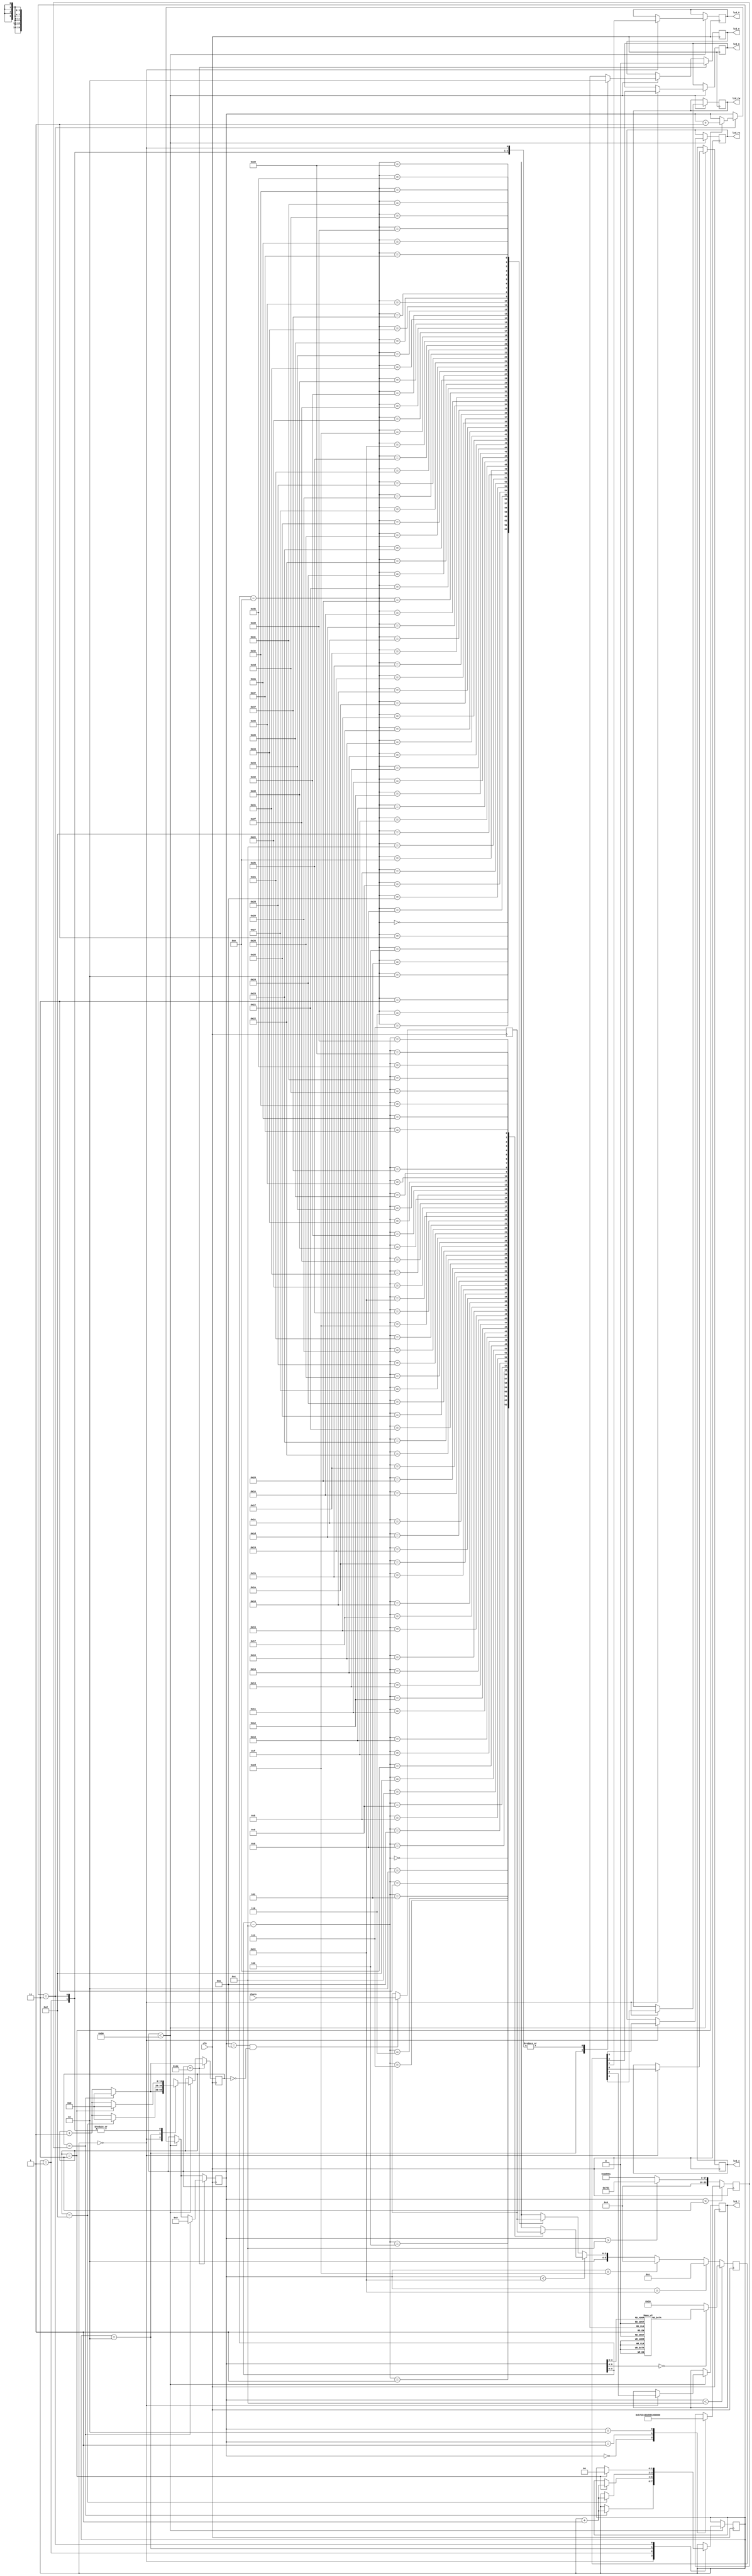
`timescale 1ns / 1ps

module LCD_decoder(
	clk,
	chars,
	lcd_rs, lcd_rw, lcd_e, lcd_4, lcd_5, lcd_6, lcd_7);

	// inputs and outputs
	input       	clk;
	input [255:0] 	chars;
	output      	lcd_rs, lcd_rw, lcd_e, lcd_4, lcd_5, lcd_6, lcd_7;

	wire [255:0] 	chars;
	reg	 	lcd_rs, lcd_rw, lcd_e, lcd_4, lcd_5, lcd_6, lcd_7;

	// internal variables
	reg [5:0] 	lcd_code;
	reg [1:0] 	write = 2'b10;	// write code has 10 for rs rw

	// delays
	reg [1:0]	before_delay = 3;	// time before on
	reg [3:0]	on_delay = 13;		// time on
	reg [23:0]	off_delay = 750_001;	// time off

	// states and counters
	reg [6:0]	Cs = 0;					//current state
	reg [19:0]	count = 0;				//counter to observe delays (on/off/before)
	reg [1:0]	delay_state = 0;	   //counter for delay handler, selects appropriate case

	// character data
	reg [255:0]	chars_hold = "                                "; // temporary storage for chars
	wire [3:0]	chars_data [63:0];	// array of characters, 4 bits per index

	// output data reformatting 
	// redirects characters data to an array
	generate
	genvar i;
		for (i = 64; i > 0; i = i-1)
			begin : for_name
				assign chars_data[64-i] = chars_hold[i*4-1:i*4-4];
			end
	endgenerate

	always @ (posedge clk) begin

		// store character data
		if (Cs == 10 && count == 0) begin
			chars_hold <= chars;
		end

		// timing handler
		// set time when enable is off
		if (Cs < 3) begin
			case (Cs)
				0: off_delay <= 750_001;	// 15ms delay
				1: off_delay <= 250_001;	// 5ms delay
				2: off_delay <= 5_001;		// 0.1ms delay
			endcase
		end else begin
			if (Cs > 12) begin
				off_delay	<= 2_001;	// 40us delay
			end else begin
				off_delay	<= 250_001;	// 5ms delay
			end
		end

		//delay handler
		// delays during each state
		if (Cs < 80) begin
		case (delay_state)
			0: begin
					// enable is off, lcd_code assigned to output bits
					lcd_e <= 0;
					{lcd_rs,lcd_rw,lcd_7,lcd_6,lcd_5,lcd_4} <= lcd_code;
					if (count == off_delay) begin
						count <= 0;
						delay_state <= delay_state + 1;
					end else begin
						count <= count + 1;
					end
				end
			1: begin
					// data set before enable is on, ensure outputs are stable
					lcd_e <= 0;
					if (count == before_delay) begin
						count <= 0;
						delay_state <= delay_state + 1;
					end else begin
						count <= count + 1;
					end
				end
			2: begin
					// enable on, must be high for on_delay (13 clock cycles) as per LCD convention
					lcd_e <= 1;
					if (count == on_delay) begin
						count <= 0;
						delay_state <= delay_state + 1;
					end else begin
						count <= count + 1;
					end
				end
			3: begin
					// enable off with data set, enable high-to-low toggle sends output data
					lcd_e <= 0;
					if (count == before_delay) begin
						count <= 0;
						delay_state <= 0;
						Cs <= Cs + 1;		// next case
					end else begin
						count <= count + 1;
					end
				end
		endcase
		end

		// set lcd_code using Cs (current state) register
		if (Cs < 12) begin
			// initialization handler
			// initialize LCD
			case (Cs)
				0: lcd_code <= 6'h03;        // power-on initialization
				1: lcd_code <= 6'h03;		  // ghost state (little documentation)
				2: lcd_code <= 6'h03;		  // ghost state (little documentation)
				3: lcd_code <= 6'h02;        // final ghost state (little documentation but all 3 necessary)
				4: lcd_code <= 6'h02;        // function set (first four bits)
				5: lcd_code <= 6'h08;		  // function set (second four bits)
				6: lcd_code <= 6'h00;        // entry mode set (first four bits)
				7: lcd_code <= 6'h06;		  // entry mode set (second four bits)
				8: lcd_code <= 6'h00;        // display on/off control (first four bits)
				9: lcd_code <= 6'h0C;		  // display on/off control (second four bits)
				10:lcd_code <= 6'h00;        // display clear (first four bits)
				11:lcd_code <= 6'h01;		  // display clear (second four bits)
				default: lcd_code <= 6'h10;
			endcase
		end else begin

			// data handler 
			// set character data to lcd_code
			if (Cs == 44) begin			// change address at end of first line
				lcd_code <= {2'b00, 4'b1100};	// 1100 0000 address change
			end else if (Cs == 45) begin
				lcd_code <= {2'b00, 4'b0000};
			end else begin
				if (Cs < 44) begin
					lcd_code <= {write, chars_data[Cs-12]};
				end else begin
					lcd_code <= {write, chars_data[Cs-14]};
				end
			end

		end

		// Cs reset handler, restarts refresh cycle, observe off_delay
		if (Cs == 78) begin
			lcd_e <= 0;
			if (count == off_delay) begin
				Cs 			<= 8;
				count 		<= 0;
			end else begin
				count <= count + 1;
			end
		end

	end

endmodule